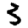
Digit: 3